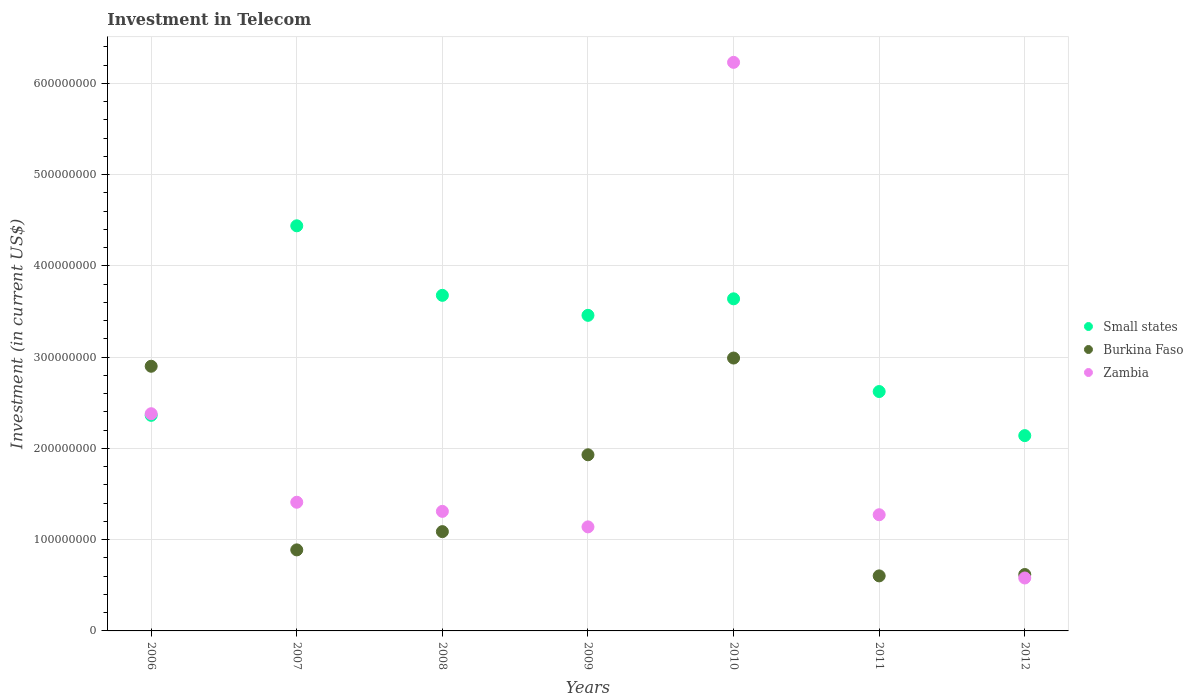
| Years | Small states | Burkina Faso | Zambia |
 | --- | --- | --- | --- |
 | 2006 | 2.36e+08 | 2.9e+08 | 2.38e+08 |
 | 2007 | 4.44e+08 | 8.88e+07 | 1.41e+08 |
 | 2008 | 3.68e+08 | 1.09e+08 | 1.31e+08 |
 | 2009 | 3.46e+08 | 1.93e+08 | 1.14e+08 |
 | 2010 | 3.64e+08 | 2.99e+08 | 6.23e+08 |
 | 2011 | 2.62e+08 | 6.03e+07 | 1.27e+08 |
 | 2012 | 2.14e+08 | 6.18e+07 | 5.8e+07 |